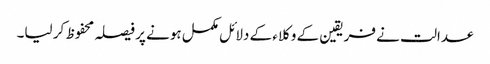
عدالت نے فریقین کے وکلاء کے دلائل مکمل ہونے پر فیصلہ محفوظ کر لیا۔